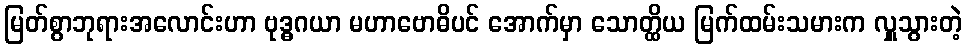
မြတ်စွာဘုရားအလောင်းဟာ ဗုဒ္ဓဂယာ မဟာဗောဓိပင် အောက်မှာ သောတ္ထိယ မြက်ထမ်းသမားက လှူသွားတဲ့